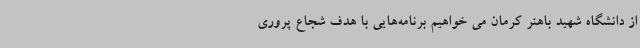
از دانشگاه شهید باهنر کرمان می خواهیم برنامه‌هایی با هدف شجاع پروری